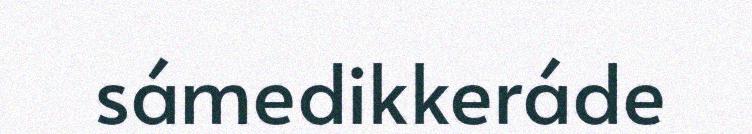
sámedikkeráde